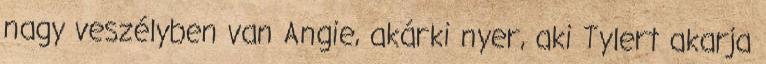
nagy veszélyben van Angie, akárki nyer, aki Tylert akarja